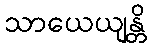
သာယေယျန္တိ